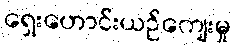
ရှေးဟောင်းယဉ်ကျေးမှု